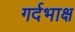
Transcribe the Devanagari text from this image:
गर्दभाक्ष